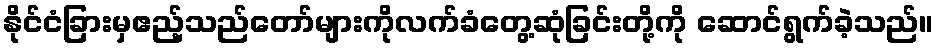
နိုင်ငံခြားမှဧည့်သည်တော်များကိုလက်ခံတွေ့ဆုံခြင်းတို့ကို ဆောင်ရွက်ခဲ့သည်။